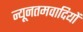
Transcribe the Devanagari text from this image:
न्यूनतमवादियों